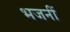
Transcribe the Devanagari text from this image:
भजनीं